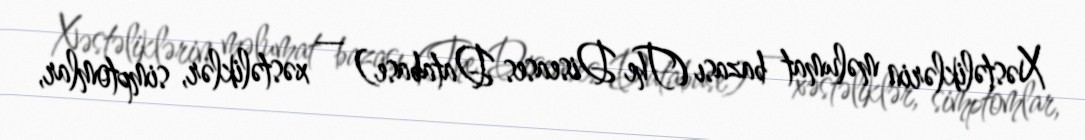
Xəstəliklərin məlumat bazası (The Diseases Database) — xəstəliklər, simptomlar,